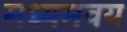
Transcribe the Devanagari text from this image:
मध्यमवय